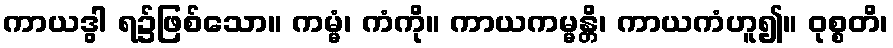
ကာယဒွါ ရ၌ဖြစ်သော။ ကမ္မံ၊ ကံကို။ ကာယကမ္မန္တိ၊ ကာယကံဟူ၍။ ဝုစ္စတိ၊